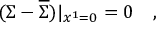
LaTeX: ( \Sigma - \overline { { { \Sigma } } } ) | _ { x ^ { 1 } = 0 } = 0 \quad ,